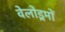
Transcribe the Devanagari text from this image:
वेलोड्रमों